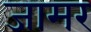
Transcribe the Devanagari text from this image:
जामर